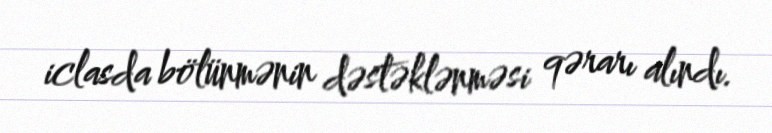
iclasda bölünmənin dəstəklənməsi qərarı alındı.